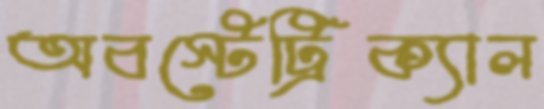
অবস্টেট্রিক্যাল